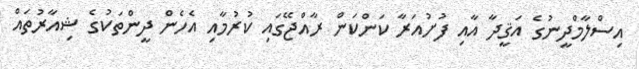
އިސްލާމްދީނުގެ އަޤީދާ އާއި ފުށުއަރާ ކަންކަން ރާއްޖޭގައި ކުރުމާއި އެހެން ދީންތަކުގެ ޝިއާރުތައް